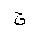
Letter: _qaf